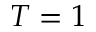
T = 1